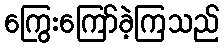
ကြွေးကြော်ခဲ့ကြသည်